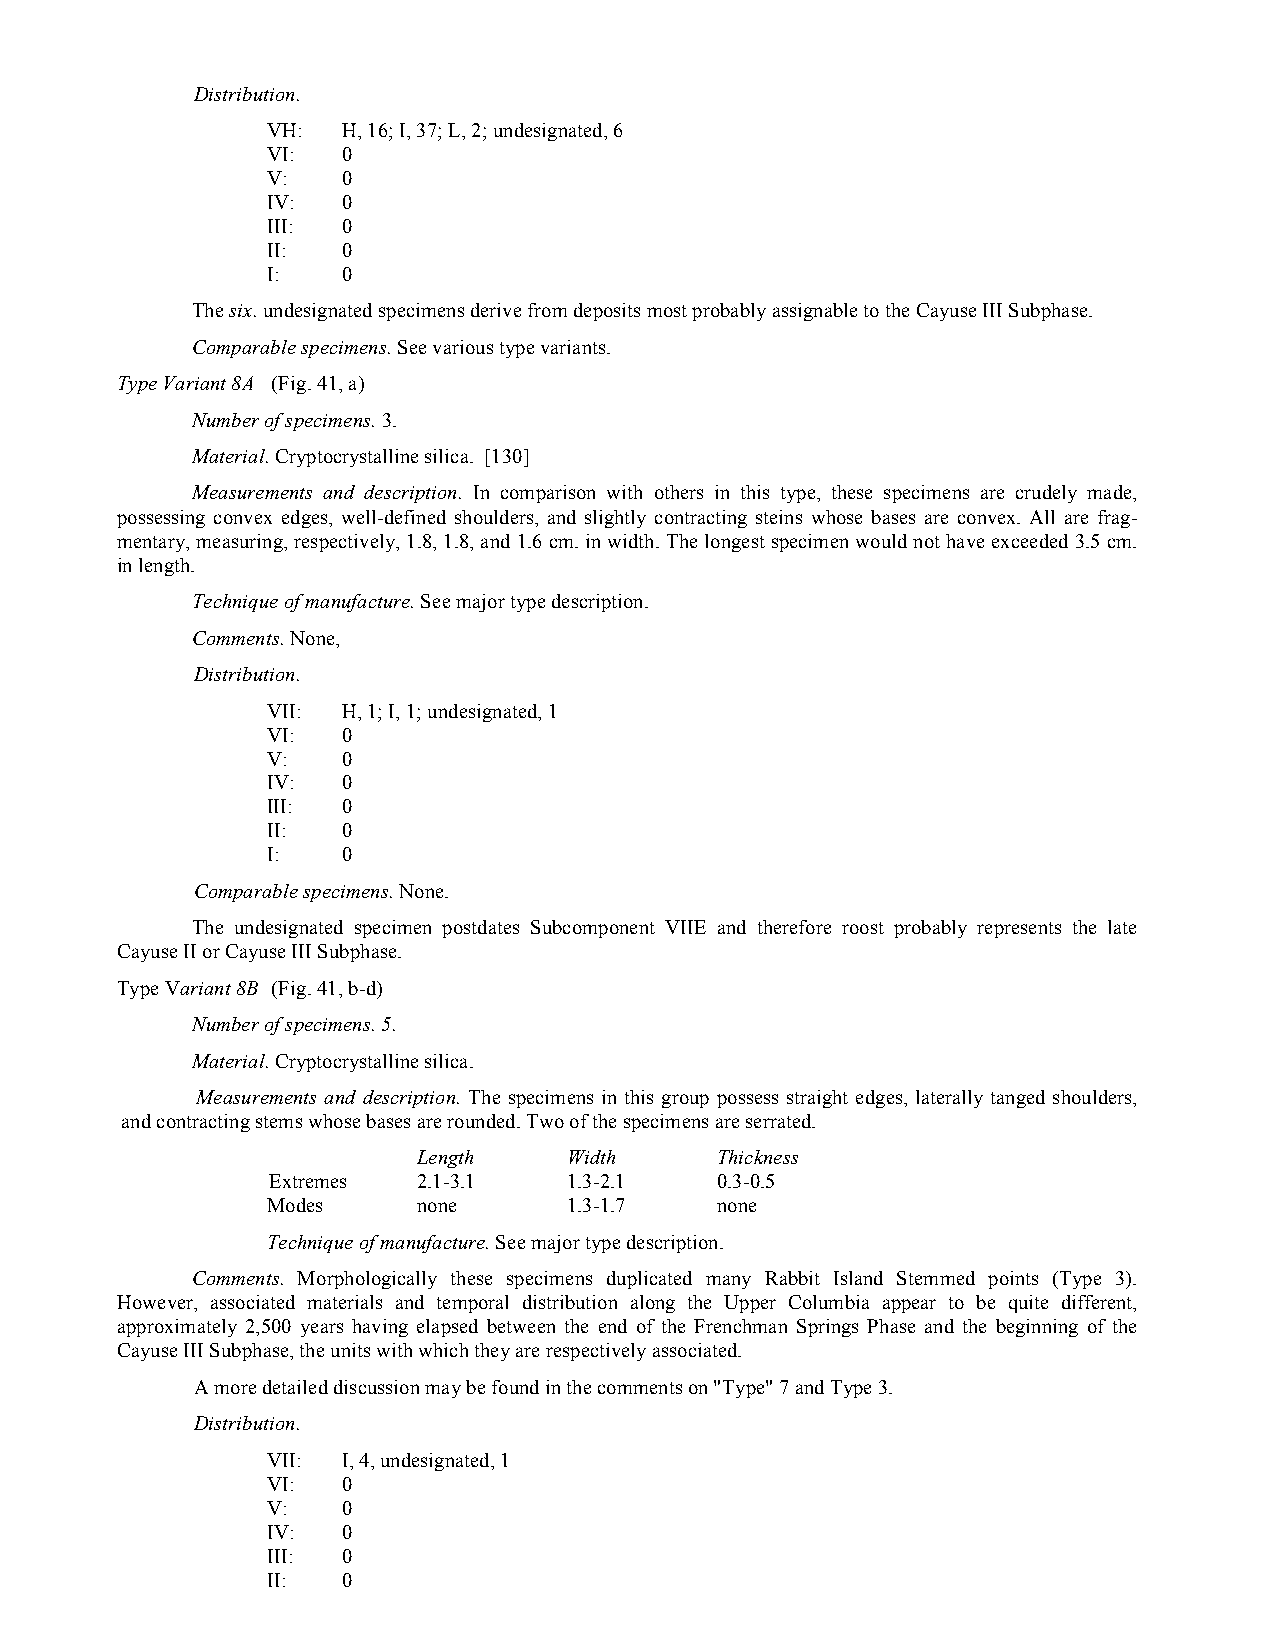
Distribution.
 VH:  H, 16; I, 37; L, 2; undesignated, 6
 VI:  0
 V:   0
 IV:  0
 III: 0
 II:  0
 I:   0
 The six. undesignated specimens derive from deposits most probably assignable to the Cayuse III Subphase.
 Comparable specimens. See various type variants.
 Type Variant 8A (Fig. 41, a)
 Number of specimens. 3.
 Material. Cryptocrystalline silica. [130]
 Measurements and description. In comparison with others in this type, these specimens are crudely made,
 possessing convex edges, well-defined shoulders, and slightly contracting steins whose bases are convex. All are frag-
 mentary, measuring, respectively, 1.8, 1.8, and 1.6 cm. in width. The longest specimen would not have exceeded 3.5 cm.
 in length.
 Technique of manufacture. See major type description.
 Comments. None,
 Distribution.
 VII: H, 1; I, 1; undesignated, 1
 VI:  0
 V:   0
 IV:  0
 III: 0
 II:  0
 I:   0
 Comparable specimens. None.
 The undesignated specimen postdates Subcomponent VIIE and therefore roost probably represents the late
 Cayuse II or Cayuse III Subphase.
 Type Variant 8B (Fig. 41, b-d)
 Number of specimens. 5.
 Material. Cryptocrystalline silica.
 Measurements and description. The specimens in this group possess straight edges, laterally tanged shoulders,
 and contracting stems whose bases are rounded. Two of the specimens are serrated.
 Length    Width    Thickness
 Extremes  2.1-3.1   1.3-2.1  0.3-0.5
 Modes     none      1.3-1.7  none
 Technique of manufacture. See major type description.
 Comments. Morphologically these specimens duplicated many Rabbit Island Stemmed points (Type 3).
 However, associated materials and temporal distribution along the Upper Columbia appear to be quite different,
 approximately 2,500 years having elapsed between the end of the Frenchman Springs Phase and the beginning of the
 Cayuse III Subphase, the units with which they are respectively associated.
 A more detailed discussion may be found in the comments on "Type" 7 and Type 3.
 Distribution.
 VII: I, 4, undesignated, 1
 VI:  0
 V:   0
 IV:  0
 III: 0
 II:  0